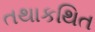
તથાકથિત